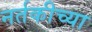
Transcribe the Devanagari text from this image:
नर्तकीच्या